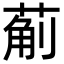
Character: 葪